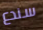
سندع